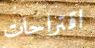
اقتراحات